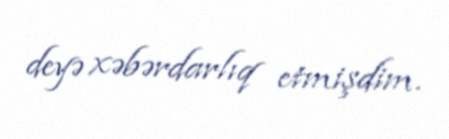
deyə xəbərdarlıq etmişdim.